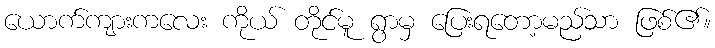
ယောက်ကျားကလေး ကိုယ် တိုင်မူ ရွာမှ ပြေးရတော့မည်သာ ဖြစ်၏။